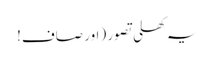
یہ کھلی تصور (اور صاف!